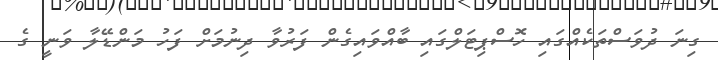
ގިނަ ދުވަސްތަކެއްގައި ހޮސްޕިޓަލްގައި ބާއްވައިގެން ފަރުވާ ދިނުމަށް ފަހު މަންޑޭލާ ވަނީ ގެ